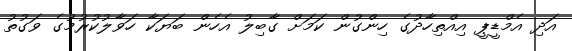
އަދި އެމްޑީޕީ އިއްތިހާދުގެ ހިންގުން ކަމަށް ގާބިލު އެހެން ބަޔަކާ ހަވާލުކުރުމުގެ ވަގުތު